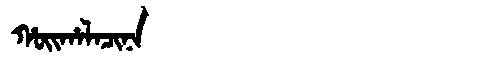
Manchu: ᡥᠣᡳᡥᠠᠯᠠᠴᡳᠨᠠ
Romanization: HOIHALACINA